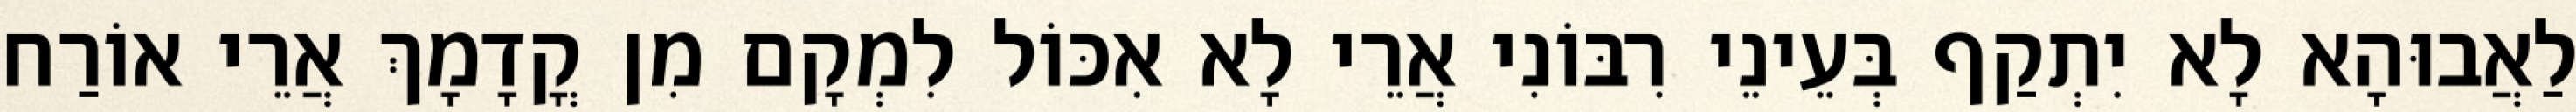
לַאֲבוּהָא לָא יִתְקַף בְּעֵינֵי רִבּוֹנִי אֲרֵי לָא אִכּוֹל לִמְקָם מִן קֳדָמָךְ אֲרֵי אוֹרַח